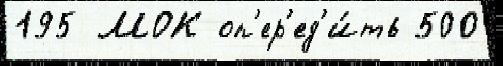
195 МОК оп'ер'ед'и́ть 500